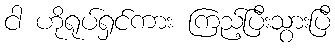
ငါ ဟိုရုပ်ရှင်ကား ကြည့်ပြီးသွားပြီ